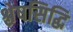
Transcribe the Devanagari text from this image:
श्लेषसिद्धि